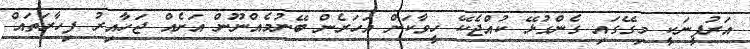
އަރުފީނަކީ މިގޭގައި ގެންގުޅޭ ކުއްޖެކޭ ހީވާކަށް އަހަރެން ބޭނުމެއްނޫން އަށެއް ޖަހާއިރު ފިހާރަތައް